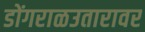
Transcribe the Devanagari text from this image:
डोंगराळउतारावर